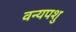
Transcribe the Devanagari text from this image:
वन्यपशु